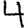
Digit: 4